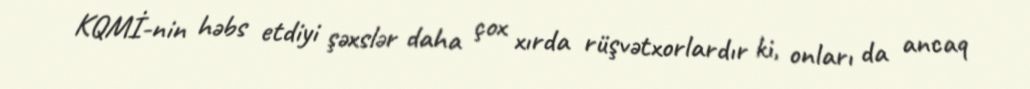
KQMİ-nin həbs etdiyi şəxslər daha çox xırda rüşvətxorlardır ki, onları da ancaq